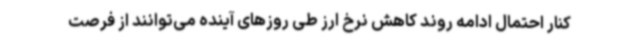
کنار احتمال ادامه روند کاهش نرخ ارز طی روزهای آینده می‌توانند از فرصت